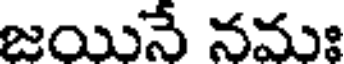
జయినే నమః